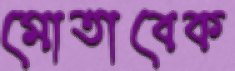
মোতাবেক